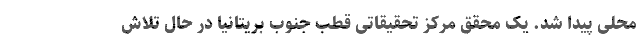
محلی پیدا شد. یک محقق مرکز تحقیقاتی قطب جنوب بریتانیا در حال تلاش